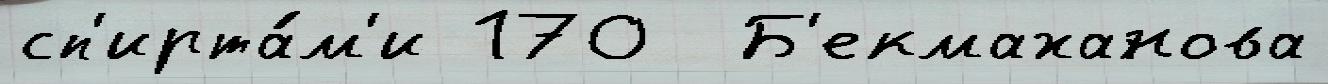
сп'ирта́м'и 170  Б'екмаханова